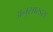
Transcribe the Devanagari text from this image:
अनुसारइस